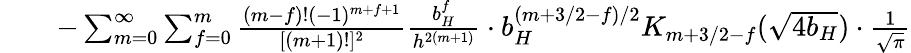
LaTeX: \begin{array}{rlr}&{}&{-\sum_{m=0}^{\infty}\sum_{f=0}^{m}{\frac{(m-f)!(-1)^{m+f+1}}{[(m+1)!]^{2}}}{\frac{b_{H}^{f}}{h^{2(m+1)}}}\cdot b_{H}^{(m+3/2-f)/2}K_{m+3/2-f}(\sqrt{4b_{H}})\cdot{\frac{1}{\sqrt{\pi}}}}\end{array}